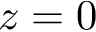
z = 0